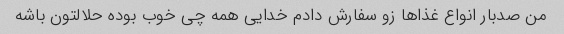
من صدبار انواع غذاها زو سفارش دادم خدایی همه چی خوب بوده حلالتون باشه